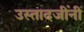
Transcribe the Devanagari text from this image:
उस्तादजींनी